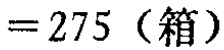
$=275 \text{（箱）}$